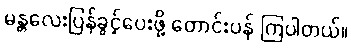
မန္တလေးပြန်ခွင့်ပေးဖို့ တောင်းပန် ကြပါတယ်။